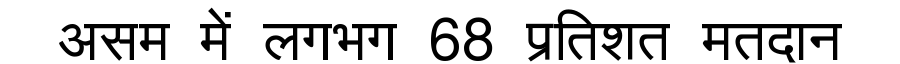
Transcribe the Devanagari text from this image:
असम में लगभग 68 प्रतिशत मतदान